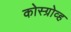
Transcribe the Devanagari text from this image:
कोस्ग्रोव्ह